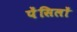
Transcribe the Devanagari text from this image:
पेंसिलों